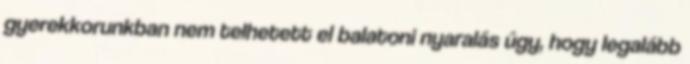
gyerekkorunkban nem telhetett el balatoni nyaralás úgy, hogy legalább